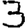
Digit: 3